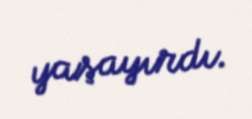
yaşayırdı.